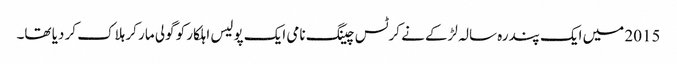
2015 میں ایک پندرہ سالہ لڑکے نے کرٹس چینگ نامی ایک پولیس اہلکار کو گولی مار کر ہلاک کر دیا تھا۔